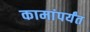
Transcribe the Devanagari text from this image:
कामांपर्यंत